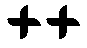
++